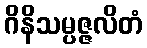
ဂိနိသမ္ပဇ္ဇလိတံ